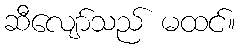
ဆီလျော်သည် မထင်။